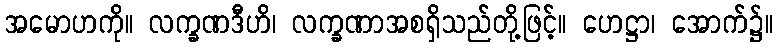
အမောဟကို။ လက္ခဏဒီဟိ၊ လက္ခဏာအစရှိသည်တို့ဖြင့်။ ဟေဋ္ဌာ၊ အောက်၌။